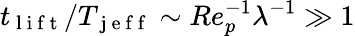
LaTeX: t_{\mathrm{~l~i~f~t~}}/T_{\mathrm{~j~e~f~f~}}\sim Re_{p}^{-1}\lambda^{-1}\gg 1